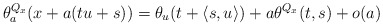
\begin{align*}\theta^{Q_x}_a(x+a(tu+s)) = \theta_u (t+\langle s,u\rangle ) + a\theta^{Q_x} (t,s) +o(a)\end{align*}